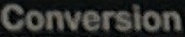
Conversion